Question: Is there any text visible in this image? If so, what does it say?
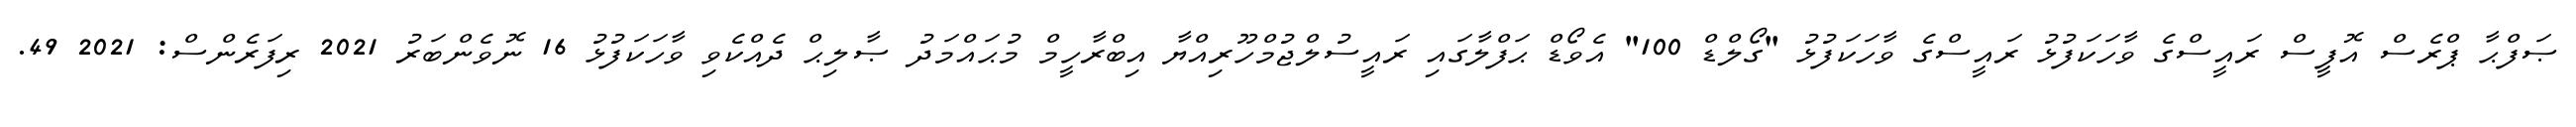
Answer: ޞަފްޙާ ޕްރެސް އޮފީސް ރައީސްގެ ވާހަކަފުޅު ރައީސްގެ ވާހަކަފުޅު "ގޯލްޑް 100" އެވޯޑް ޙަފްލާގައި ރައީސުލްޖުމްހޫރިއްޔާ އިބްރާހީމް މުޙައްމަދު ޞާލިޙް ދެއްކެވި ވާހަކަފުޅު 16 ނޮވެންބަރު 2021 ރިފަރެންސް: 2021 49.